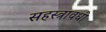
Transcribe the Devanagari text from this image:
सहस्त्रावधी